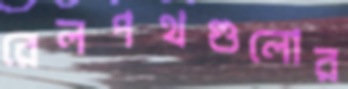
রেলপথগুলোর